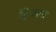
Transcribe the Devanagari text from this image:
ट्विजल्स